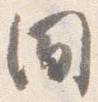
間